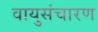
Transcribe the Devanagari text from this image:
वायुसंचारण